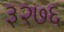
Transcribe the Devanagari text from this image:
३२७६